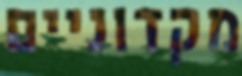
מקדוניים